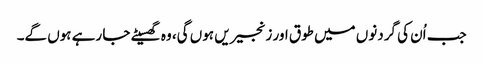
جب اُن کی گردنوں میں طوق اور زنجیریں ہوں گی، وہ گھسیٹے جا رہے ہوں گے۔